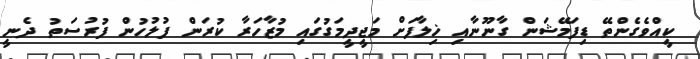
ކީއްވެގެންތޭ ޑިފަމޭޝަން ގާނޫނާއި ޚިލާފަށް މަޖީދީމަގުގައި މުޒާހަރާ ކުރަން ފުލުހުން ފުރުސަތު ދެނީ